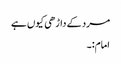
مرد کے داڑھی کیوں ہے
امام:۔